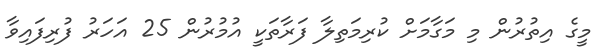
މީގެ އިތުރުން މި މަގާމަށް ކުރިމަތިލާ ފަރާތަކީ އުމުރުން 25 އަހަރު ފުރިފައިވާ